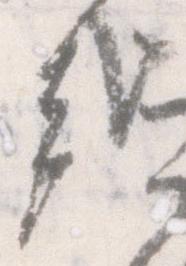
哉